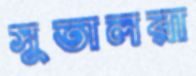
সুতালরা